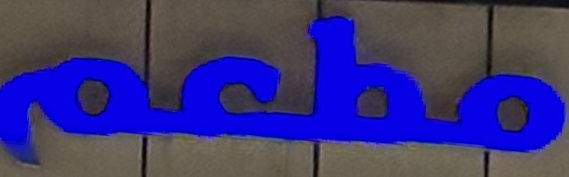
مطعم